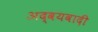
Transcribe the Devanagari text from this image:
अद्वयवादी